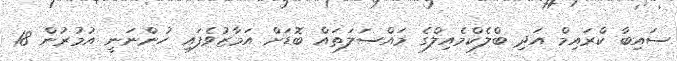
ސައިބާ ކްރައިމް އަދި ބްލެކްމެއިލްގެ މައްސަލަތައް ބޮޑަށް އަމާޒުވެފައި ހުންނަނީ އުމުރުން 18